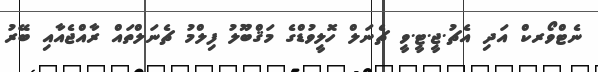
ނެޓްވޯރކް އަދި އެޗު.ޖީ.ޓީ.ވީ ޗެނަލް ހޮލީވުޑްގެ މަޤްބޫލު ފިލްމު ޗެނަލްތައް ރާއްޖެއާއި ބޭރު